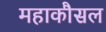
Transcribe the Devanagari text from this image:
महाकौसल